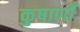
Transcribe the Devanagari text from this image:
कुषाणोँ